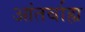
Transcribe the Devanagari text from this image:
आंतर्बाह्य